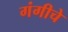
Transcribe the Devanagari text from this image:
गंगीचे